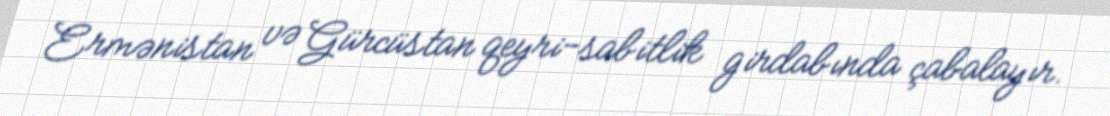
Ermənistan və Gürcüstan qeyri-sabitlik girdabında çabalayır.